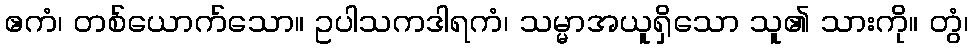
ဧကံ၊ တစ်ယောက်သော။ ဥပါသကဒါရကံ၊ သမ္မာအယူရှိသော သူ၏ သားကို။ တွံ၊